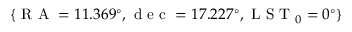
\{ \mathrm { ~ R ~ A ~ } = 1 1 . 3 6 9 ^ { \circ } , \mathrm { ~ d ~ e ~ c ~ } = 1 7 . 2 2 7 ^ { \circ } , \mathrm { ~ L ~ S ~ T ~ } _ { 0 } = 0 ^ { \circ } \}